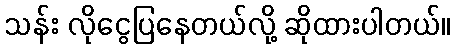
သန်း လိုငွေပြနေတယ်လို့ ဆိုထားပါတယ်။